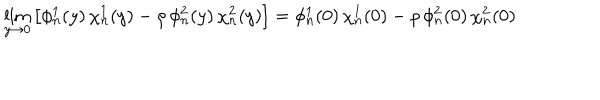
LaTeX: \lim _ { y \to 0 } \left[ \phi _ { n } ^ { 1 } ( y ) \, \chi _ { n } ^ { 1 } ( y ) - \rho \, \phi _ { n } ^ { 2 } ( y ) \, \chi _ { n } ^ { 2 } ( y ) \right] = \phi _ { n } ^ { 1 } ( 0 ) \, \chi _ { n } ^ { 1 } ( 0 ) - \rho \, \phi _ { n } ^ { 2 } ( 0 ) \, \chi _ { n } ^ { 2 } ( 0 )